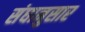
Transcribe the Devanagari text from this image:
संघानुसार